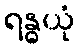
ရန္ဓယုံ